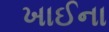
ખાઈના